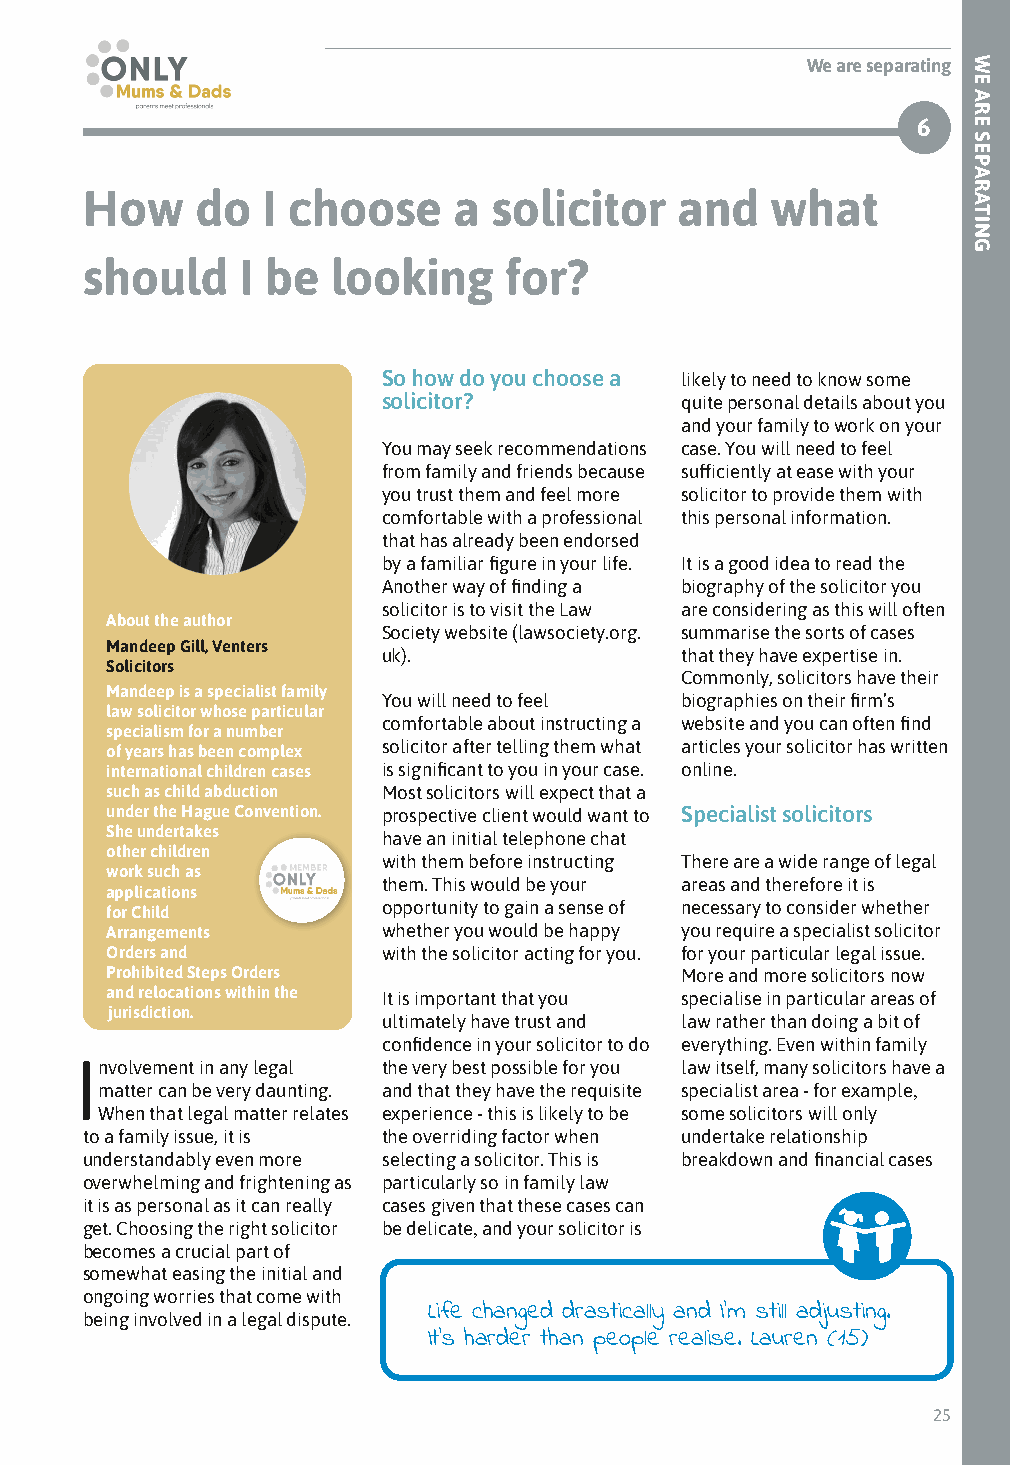
We are separating
 6
 How     do  I choose     a  solicitor   and   what
 should     I be  looking    for?
 So how do you choose a likely to need to know some
 solicitor?          quite personal details about you
 and your family to work on your
 You may seek recommendations case. You will need to feel
 from family and friends because sufficiently at ease with your
 you trust them and feel more solicitor to provide them with
 comfortable with a professional this personal information.
 that has already been endorsed
 by a familiar figure in your life. It is a good idea to read the
 Another way of finding a biography of the solicitor you
 solicitor is to visit the Law are considering as this will often
 About the author
 Society website (lawsociety.org. summarise the sorts of cases
 Mandeep Gill, Venters
 uk).                that they have expertise in.
 Solicitors
 Commonly, solicitors have their
 Mandeep is a specialist family
 You will need to feel biographies on their firm’s
 law solicitor whose particular
 comfortable about instructing a website and you can often find
 specialism for a number
 of years has been complex solicitor after telling them what articles your solicitor has written
 international children cases is significant to you in your case. online.
 such as child abduction Most solicitors will expect that a
 under the Hague Convention. prospective client would want to Specialist solicitors
 She undertakes    have an initial telephone chat
 other children
 with them before instructing There are a wide range of legal
 work such as
 them. This would be your areas and therefore it is
 applications
 for Child         opportunity to gain a sense of necessary to consider whether
 Arrangements      whether you would be happy you require a specialist solicitor
 Orders and        with the solicitor acting for you. for your particular legal issue.
 Prohibited Steps Orders               More and more solicitors now
 and relocations within the It is important that you specialise in particular areas of
 jurisdiction.
 ultimately have trust and law rather than doing a bit of
 confidence in your solicitor to do everything. Even within family
 Involvement in any legal the very best possible for you law itself, many solicitors have a
 matter can be very daunting. and that they have the requisite specialist area - for example,
 When that legal matter relates experience - this is likely to be some solicitors will only
 to a family issue, it is the overriding factor when undertake relationship
 understandably even more selecting a solicitor. This is breakdown and financial cases
 overwhelming and frightening as particularly so in family law
 it is as personal as it can really cases given that these cases can
 get. Choosing the right solicitor be delicate, and your solicitor is
 becomes a crucial part of
 somewhat easing the initial and
 ongoing worries that come with
 Life changed drastically and I’m still adjusting.
 being involved in a legal dispute.
 It’s harder than people realise. Lauren (15)
 25
 WE
 ARE
 SEPARATING